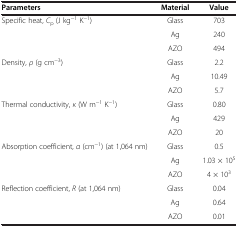
| Parameters | Material | Value |
 | --- | --- | --- |
 | <ROWSPAN=3> Specific heat, Cp (J kg−1 K−1) | Glass | 703 |
 | Ag | 240 |
 | AZO | 494 |
 | <ROWSPAN=3> Density, ρ (g cm−3) | Glass | 2.2 |
 | Ag | 10.49 |
 | AZO | 5.7 |
 | <ROWSPAN=3> Thermal conductivity, κ (W m−1 K−1) | Glass | 0.80 |
 | Ag | 429 |
 | AZO | 20 |
 | <ROWSPAN=3> Absorption coefficient, α (cm−1) (at 1,064 nm) | Glass | 0.5 |
 | Ag | 1.03 × 105 |
 | AZO | 4 × 103 |
 | <ROWSPAN=2> Reflection coefficient, R (at 1,064 nm) | Glass | 0.04 |
 | Ag | 0.64 |
 |  | AZO | 0.01 |